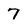
Character: 7